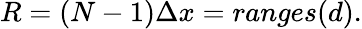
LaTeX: \begin{array}{r}{R=(N-1)\Delta x=ranges(d).}\end{array}